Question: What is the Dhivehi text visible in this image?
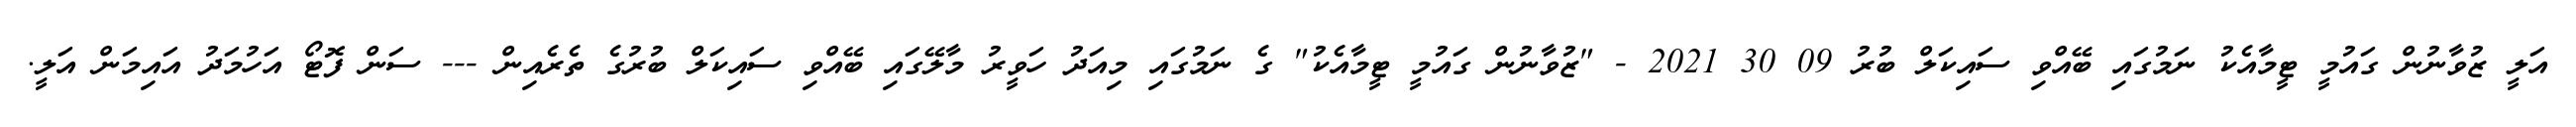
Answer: އަލީ ޒުވާނުން ގައުމީ ޓީމާއެކު ނަމުގައި ބޭއްވި ސައިކަލް ބުރު 09 30 2021 - "ޒުވާނުން ގައުމީ ޓީމާއެކު" ގެ ނަމުގައި މިއަދު ހަވީރު މާލޭގައި ބޭއްވި ސައިކަލް ބުރުގެ ތެރެއިން --- ސަން ފޮޓޯ އަހުމަދު އައިމަން އަލީ.